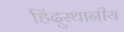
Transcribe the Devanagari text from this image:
हिंदुस्थानीय